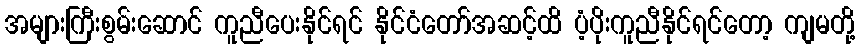
အများကြီးစွမ်းဆောင် ကူညီပေးနိုင်ရင် နိုင်ငံတော်အဆင့်ထိ ပံ့ပိုးကူညီနိုင်ရင်တော့ ကျမတို့